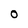
Character: O